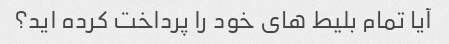
آیا تمام بلیط های خود را پرداخت کرده اید؟